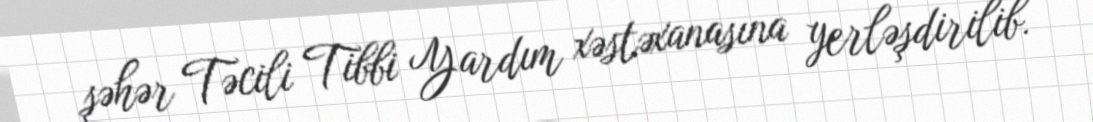
şəhər Təcili Tibbi Yardım xəstəxanasına yerləşdirilib.